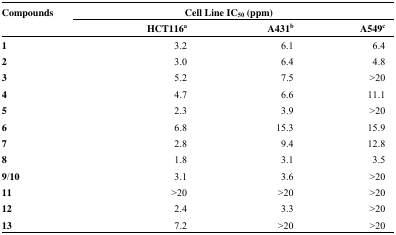
<table><thead><tr><td rowspan="2"><b>Compounds</b></td><td colspan="3"><b>Cell Line IC<sub>50</sub> (ppm)</b></td></tr><tr><td><b>HCT116<sup>a</sup></b></td><td><b>A431<sup>b</sup></b></td><td><b>A549<sup>c</sup></b></td></tr></thead><tbody><tr><td><b>1</b></td><td>3.2</td><td>6.1</td><td>6.4</td></tr><tr><td><b>2</b></td><td>3.0</td><td>6.4</td><td>4.8</td></tr><tr><td><b>3</b></td><td>5.2</td><td>7.5</td><td>&gt;20</td></tr><tr><td><b>4</b></td><td>4.7</td><td>6.6</td><td>11.1</td></tr><tr><td><b>5</b></td><td>2.3</td><td>3.9</td><td>&gt;20</td></tr><tr><td><b>6</b></td><td>6.8</td><td>15.3</td><td>15.9</td></tr><tr><td><b>7</b></td><td>2.8</td><td>9.4</td><td>12.8</td></tr><tr><td><b>8</b></td><td>1.8</td><td>3.1</td><td>3.5</td></tr><tr><td><b>9/10</b></td><td>3.1</td><td>3.6</td><td>&gt;20</td></tr><tr><td><b>11</b></td><td>&gt;20</td><td>&gt;20</td><td>&gt;20</td></tr><tr><td><b>12</b></td><td>2.4</td><td>3.3</td><td>&gt;20</td></tr><tr><td><b>13</b></td><td>7.2</td><td>&gt;20</td><td>&gt;20</td></tr></tbody></table>